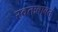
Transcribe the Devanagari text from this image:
स्वतःबाबत